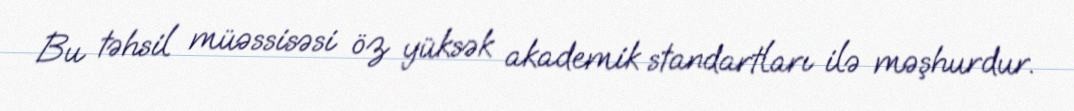
Bu təhsil müəssisəsi öz yüksək akademik standartları ilə məşhurdur.